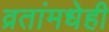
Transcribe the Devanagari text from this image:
व्रतांमधेही